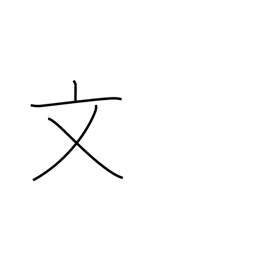
Meaning: literary radical (no. 67)